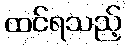
ထင်ရသည့်